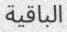
الباقية